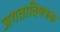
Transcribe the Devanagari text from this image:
जगताविषयक